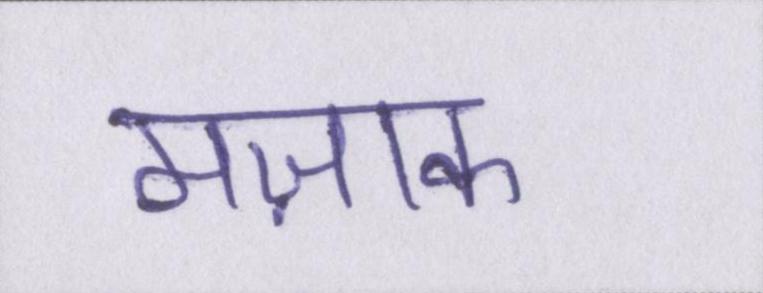
मज़ाक